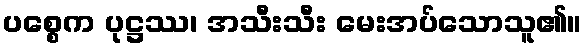
ပစ္စေက ပုဋ္ဌဿ၊ အသီးသီး မေးအပ်သောသူ၏။